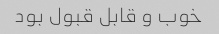
خوب و قابل قبول بود